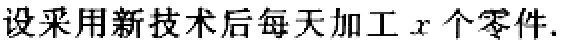
设采用新技术后每天加工 \(x\) 个零件.